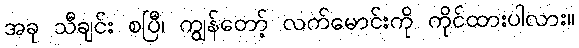
အခု သီချင်း စပြီ၊ ကျွန်တော့် လက်မောင်းကို ကိုင်ထားပါလား။